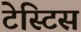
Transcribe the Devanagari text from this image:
टेस्टिस